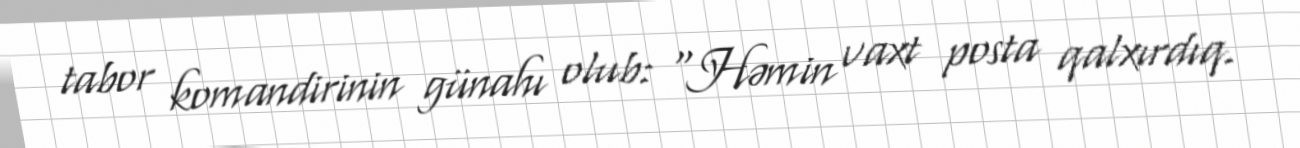
tabor komandirinin günahı olub: "Həmin vaxt posta qalxırdıq.